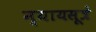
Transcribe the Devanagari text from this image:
न्यायसूत्रे